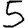
Digit: 5